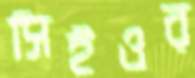
সিইওর